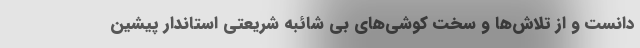
دانست و از تلاش‌ها و سخت کوشی‌های بی شائبه شریعتی استاندار پیشین